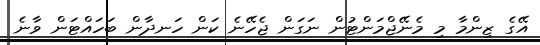
އޭގެ ޒިންމާ މި މެނޭޖްމަންޓުން ނަގަން ޖެހޭނެ ކަން ހަނދާން ބަހައްޓަން ވާނެ